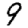
Digit: 9